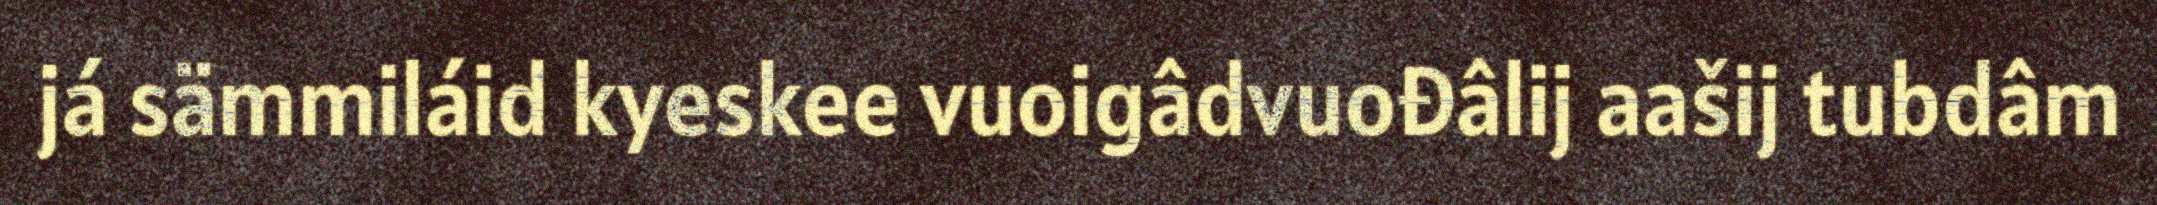
já sämmiláid kyeskee vuoigâdvuođâlij aašij tubdâm